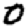
Digit: 0